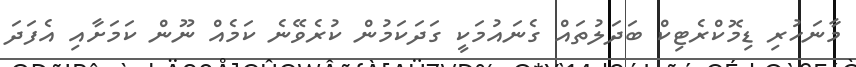
މާނަހުރި ޑިމޮކްރެޓިކް ބަދަލުތައް ގެނައުމަކީ ގަދަކަމުން ކުރެވޭނެ ކަމެއް ނޫން ކަމަށާއި އެފަދަ